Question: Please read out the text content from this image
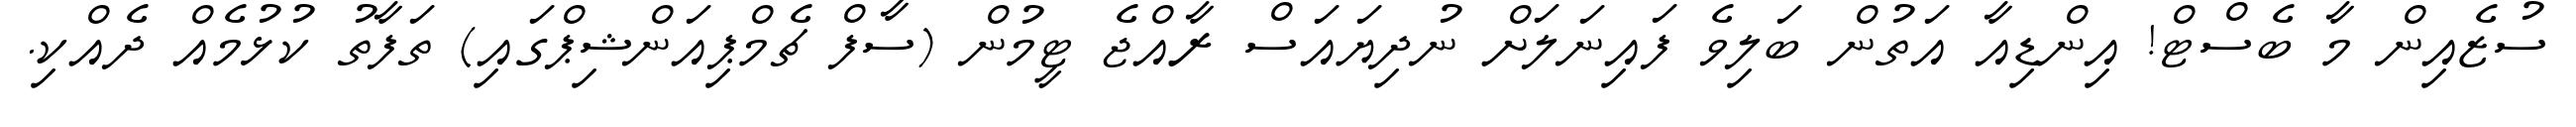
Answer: ސުޒެއިން މާ ބެސްޓް! އިންޑިއާ އަތުން ބަލިވެ ފައިނަލަށް ނުދިޔައަސް ރާއްޖެ ޓީމުން (ސާފް ޗެމްޕިއަންޝިޕްގައި) ތަފާތު ކުޅުމެއް ދެއްކި.